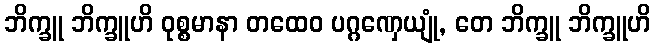
ဘိက္ခူ ဘိက္ခူဟိ ဝုစ္စမာနာ တထေဝ ပဂ္ဂဏှေယျုံ, တေ ဘိက္ခူ ဘိက္ခူဟိ